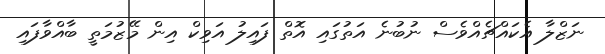
ނަޒްލާ އެކައްޗެއްވެސް ނުބުނެ އަތުގައި އޮތް ފައިލު އަވިކް އިން މޭޒުމަތީ ބާއްވާފައި